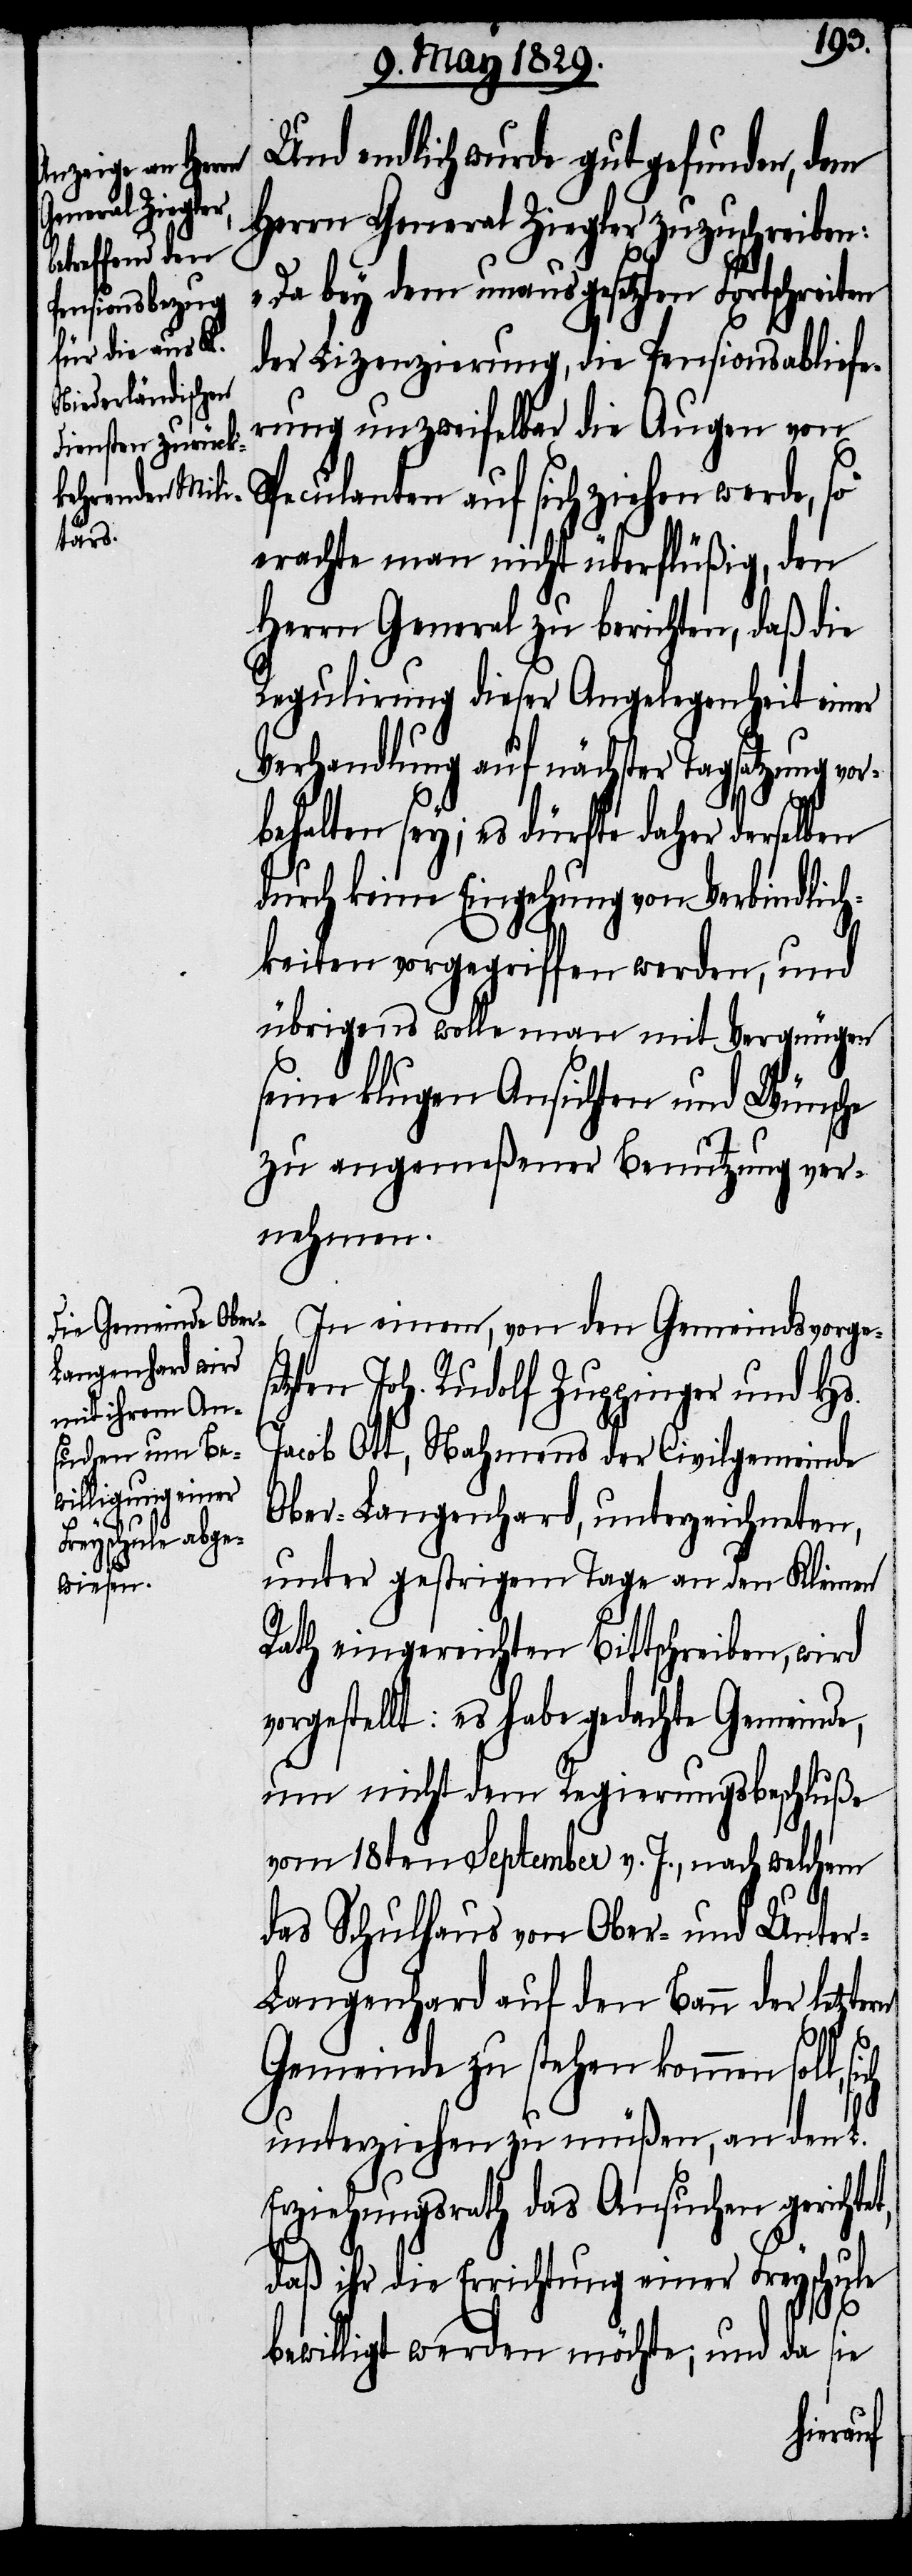
ern

Und endlich wurde gut gefunden, dem
Herrn General Ziegler zuzuschreiben:
„Da bey dem unausgesetzten Fortschreiten
der Lizenzirung, die Pensionsabliefe¬
rung unzweifelbar die Augen von
Speculanten auf sich ziehen werde, so
erachte man nicht überflüßig, den
Herrn General zu berichten, daß die
Regulirung dieser Angelegenheit einer
Verhandlung auf nächster Tagsatzung vor¬
halten sey; es dürfte daher dersel¬
durch keine Eingehung von Verbindlich¬
keiten vorgegriffen werden, und
übrigens wolle man mit Vergnügen
seine klugen Ansichten und Wünsche
zu angemeßener Benutzung ver¬
nehmen.
In einem, von den Gemeindsvorges¬
etzten Joh. Rudolf Zuppinger und Hs.
Jacob Ott, Nahmens der Civilgemeinde
Ober-Langenhard, unterzeichneten,
unter gestrigem Tage an den Kleinen
Rath eingereichten Bittschreiben, wird
vorgestellt: es habe gedachte Gemeinde,
um nicht dem Regierungsbeschluße
vom 18ten September v. J., nach welchem
das Schulhaus von Ober- und Unte¬
r-Langenhard auf den Bann der letzt¬
Gemeinde zu stehen kommen soll,
unterziehen zu müßen, an den L.
Erziehungsrath das Ansuchen gerichtet,
daß ihr die Errichtung einer Freyschule
bewilligt werden möchte: und da sie